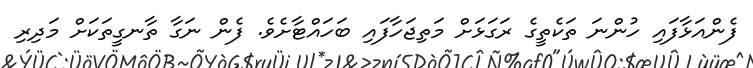
ފެންއަޅާފައި ހުންނަ ތަކެތީގެ ރަގަޅަށް މަތިޖަހާފައި ބަހައްޓާށެވެ. ފެން ނަގާ ތާނގީތަކަށް މަދިރި